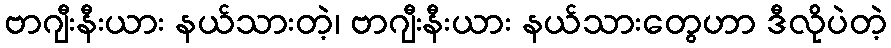
ဗာဂျီးနီးယား နယ်သားတဲ့၊ ဗာဂျီးနီးယား နယ်သားတွေဟာ ဒီလိုပဲတဲ့